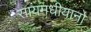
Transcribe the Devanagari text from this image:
सायमधीयानो